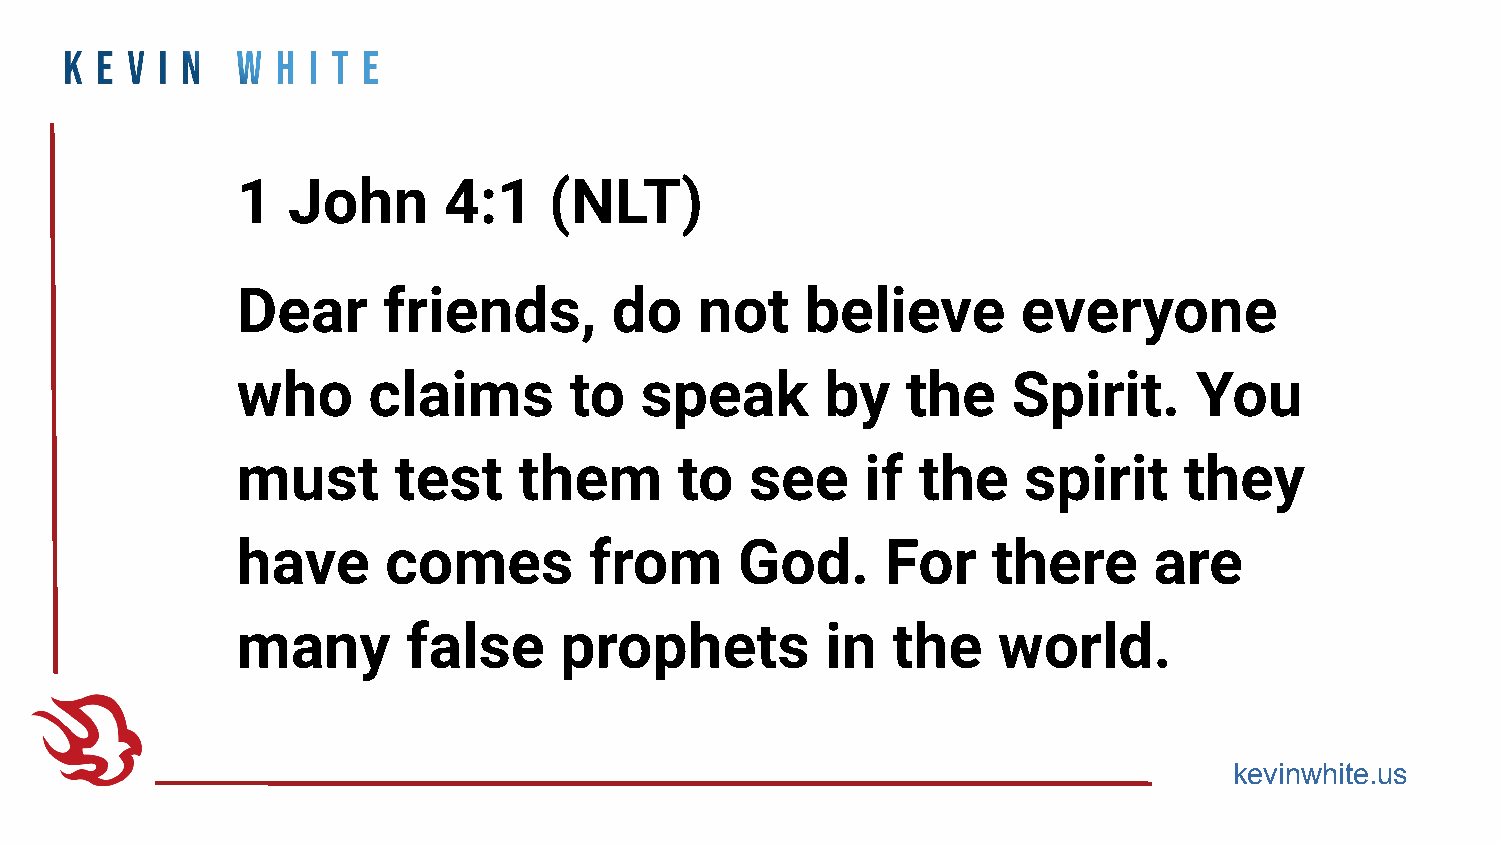
1  John      4:1    (NLT)
 Dear     friends,       do    not    believe        everyone
 who     claims        to  speak        by   the    Spirit.     You
 must      test    them       to   see    if  the    spirit    they
 have      comes        from      God.      For    there     are
 many       false     prophets          in  the    world.
 kevinwhite.us